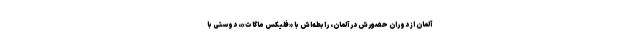
آلمان از دوران حضورش در آلمان، رابطه‌اش با «فلیکس ماگات»، دوستی با